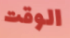
الوقت